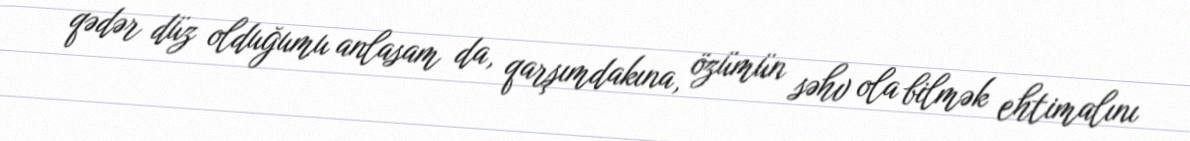
qədər düz olduğumu anlasam da, qarşımdakına, özümün səhv ola bilmək ehtimalını